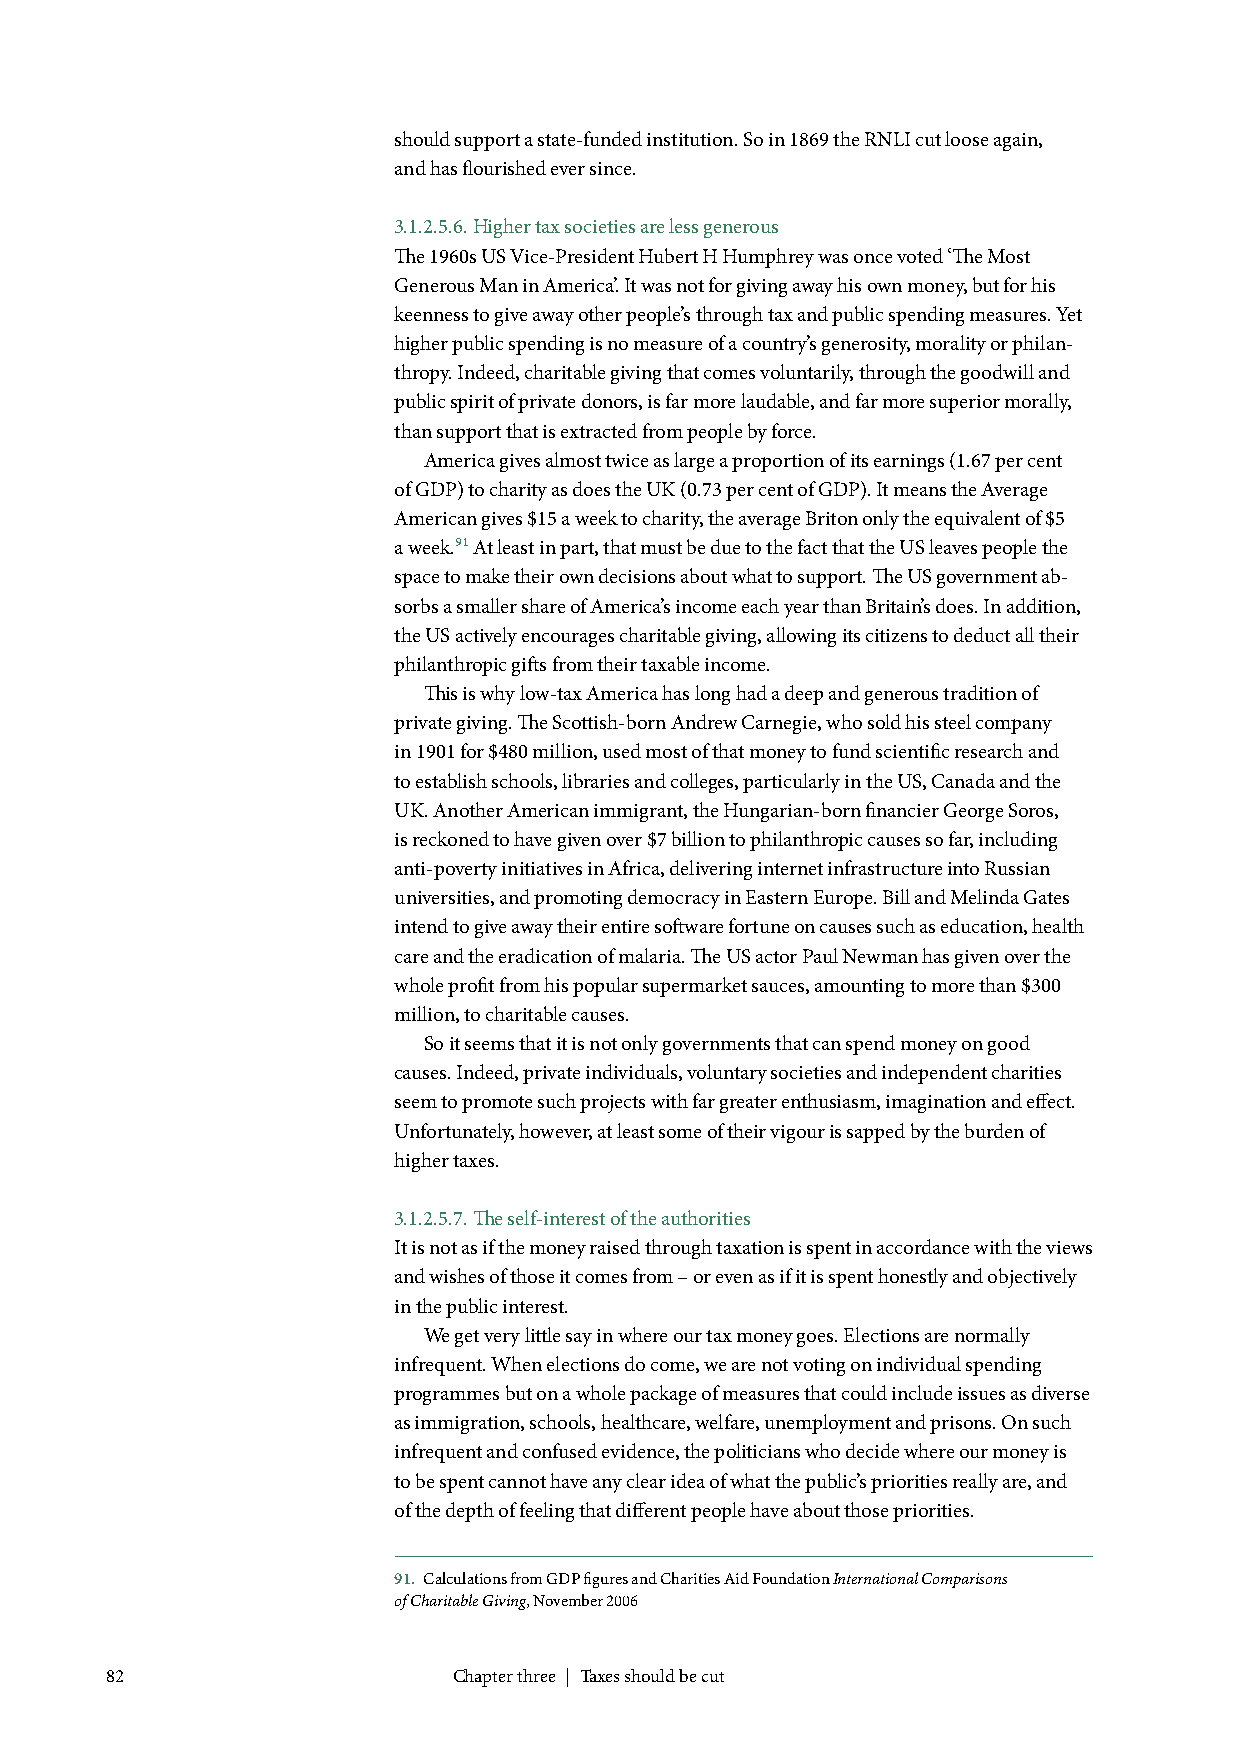
should support a state-funded institution. So in 1869 the RNLI cut loose again,
 and has flourished ever since.
 3.1.2.5.6. Higher tax societies are less generous
 The 1960s US Vice-President Hubert H Humphrey was once voted ‘The Most
 Generous Man in America’. It was not for giving away his own money, but for his
 keenness to give away other people’s through tax and public spending measures. Yet
 higher public spending is no measure of a country’s generosity, morality or philan-
 thropy. Indeed, charitable giving that comes voluntarily, through the goodwill and
 public spirit of private donors, is far more laudable, and far more superior morally,
 than support that is extracted from people by force.
 America gives almost twice as large a proportion of its earnings (1.67 per cent
 of GDP) to charity as does the UK (0.73 per cent of GDP). It means the Average
 American gives $15 a week to charity, the average Briton only the equivalent of $5
 a week.91 At least in part, that must be due to the fact that the US leaves people the
 space to make their own decisions about what to support. The US government ab-
 sorbs a smaller share of America’s income each year than Britain’s does. In addition,
 the US actively encourages charitable giving, allowing its citizens to deduct all their
 philanthropic gifts from their taxable income.
 This is why low-tax America has long had a deep and generous tradition of
 private giving. The Scottish-born Andrew Carnegie, who sold his steel company
 in 1901 for $480 million, used most of that money to fund scientific research and
 to establish schools, libraries and colleges, particularly in the US, Canada and the
 UK. Another American immigrant, the Hungarian-born financier George Soros,
 is reckoned to have given over $7 billion to philanthropic causes so far, including
 anti-poverty initiatives in Africa, delivering internet infrastructure into Russian
 universities, and promoting democracy in Eastern Europe. Bill and Melinda Gates
 intend to give away their entire software fortune on causes such as education, health
 care and the eradication of malaria. The US actor Paul Newman has given over the
 whole profit from his popular supermarket sauces, amounting to more than $300
 million, to charitable causes.
 So it seems that it is not only governments that can spend money on good
 causes. Indeed, private individuals, voluntary societies and independent charities
 seem to promote such projects with far greater enthusiasm, imagination and effect.
 Unfortunately, however, at least some of their vigour is sapped by the burden of
 higher taxes.
 3.1.2.5.7. The self-interest of the authorities
 It is not as if the money raised through taxation is spent in accordance with the views
 and wishes of those it comes from – or even as if it is spent honestly and objectively
 in the public interest.
 We get very little say in where our tax money goes. Elections are normally
 infrequent. When elections do come, we are not voting on individual spending
 programmes but on a whole package of measures that could include issues as diverse
 as immigration, schools, healthcare, welfare, unemployment and prisons. On such
 infrequent and confused evidence, the politicians who decide where our money is
 to be spent cannot have any clear idea of what the public’s priorities really are, and
 of the depth of feeling that different people have about those priorities.
 91. Calculations from GDP figures and Charities Aid Foundation International Comparisons
 of Charitable Giving, November 2006
 82                     Chapter three | Taxes should be cut